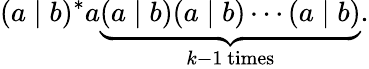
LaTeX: (a\mid b)^{*}a\underbrace{(a\mid b)(a\mid b)\cdots(a\mid b)}_{k-1{\mathrm{~times}}}.